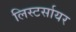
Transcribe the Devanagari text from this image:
लिस्टर्सायर